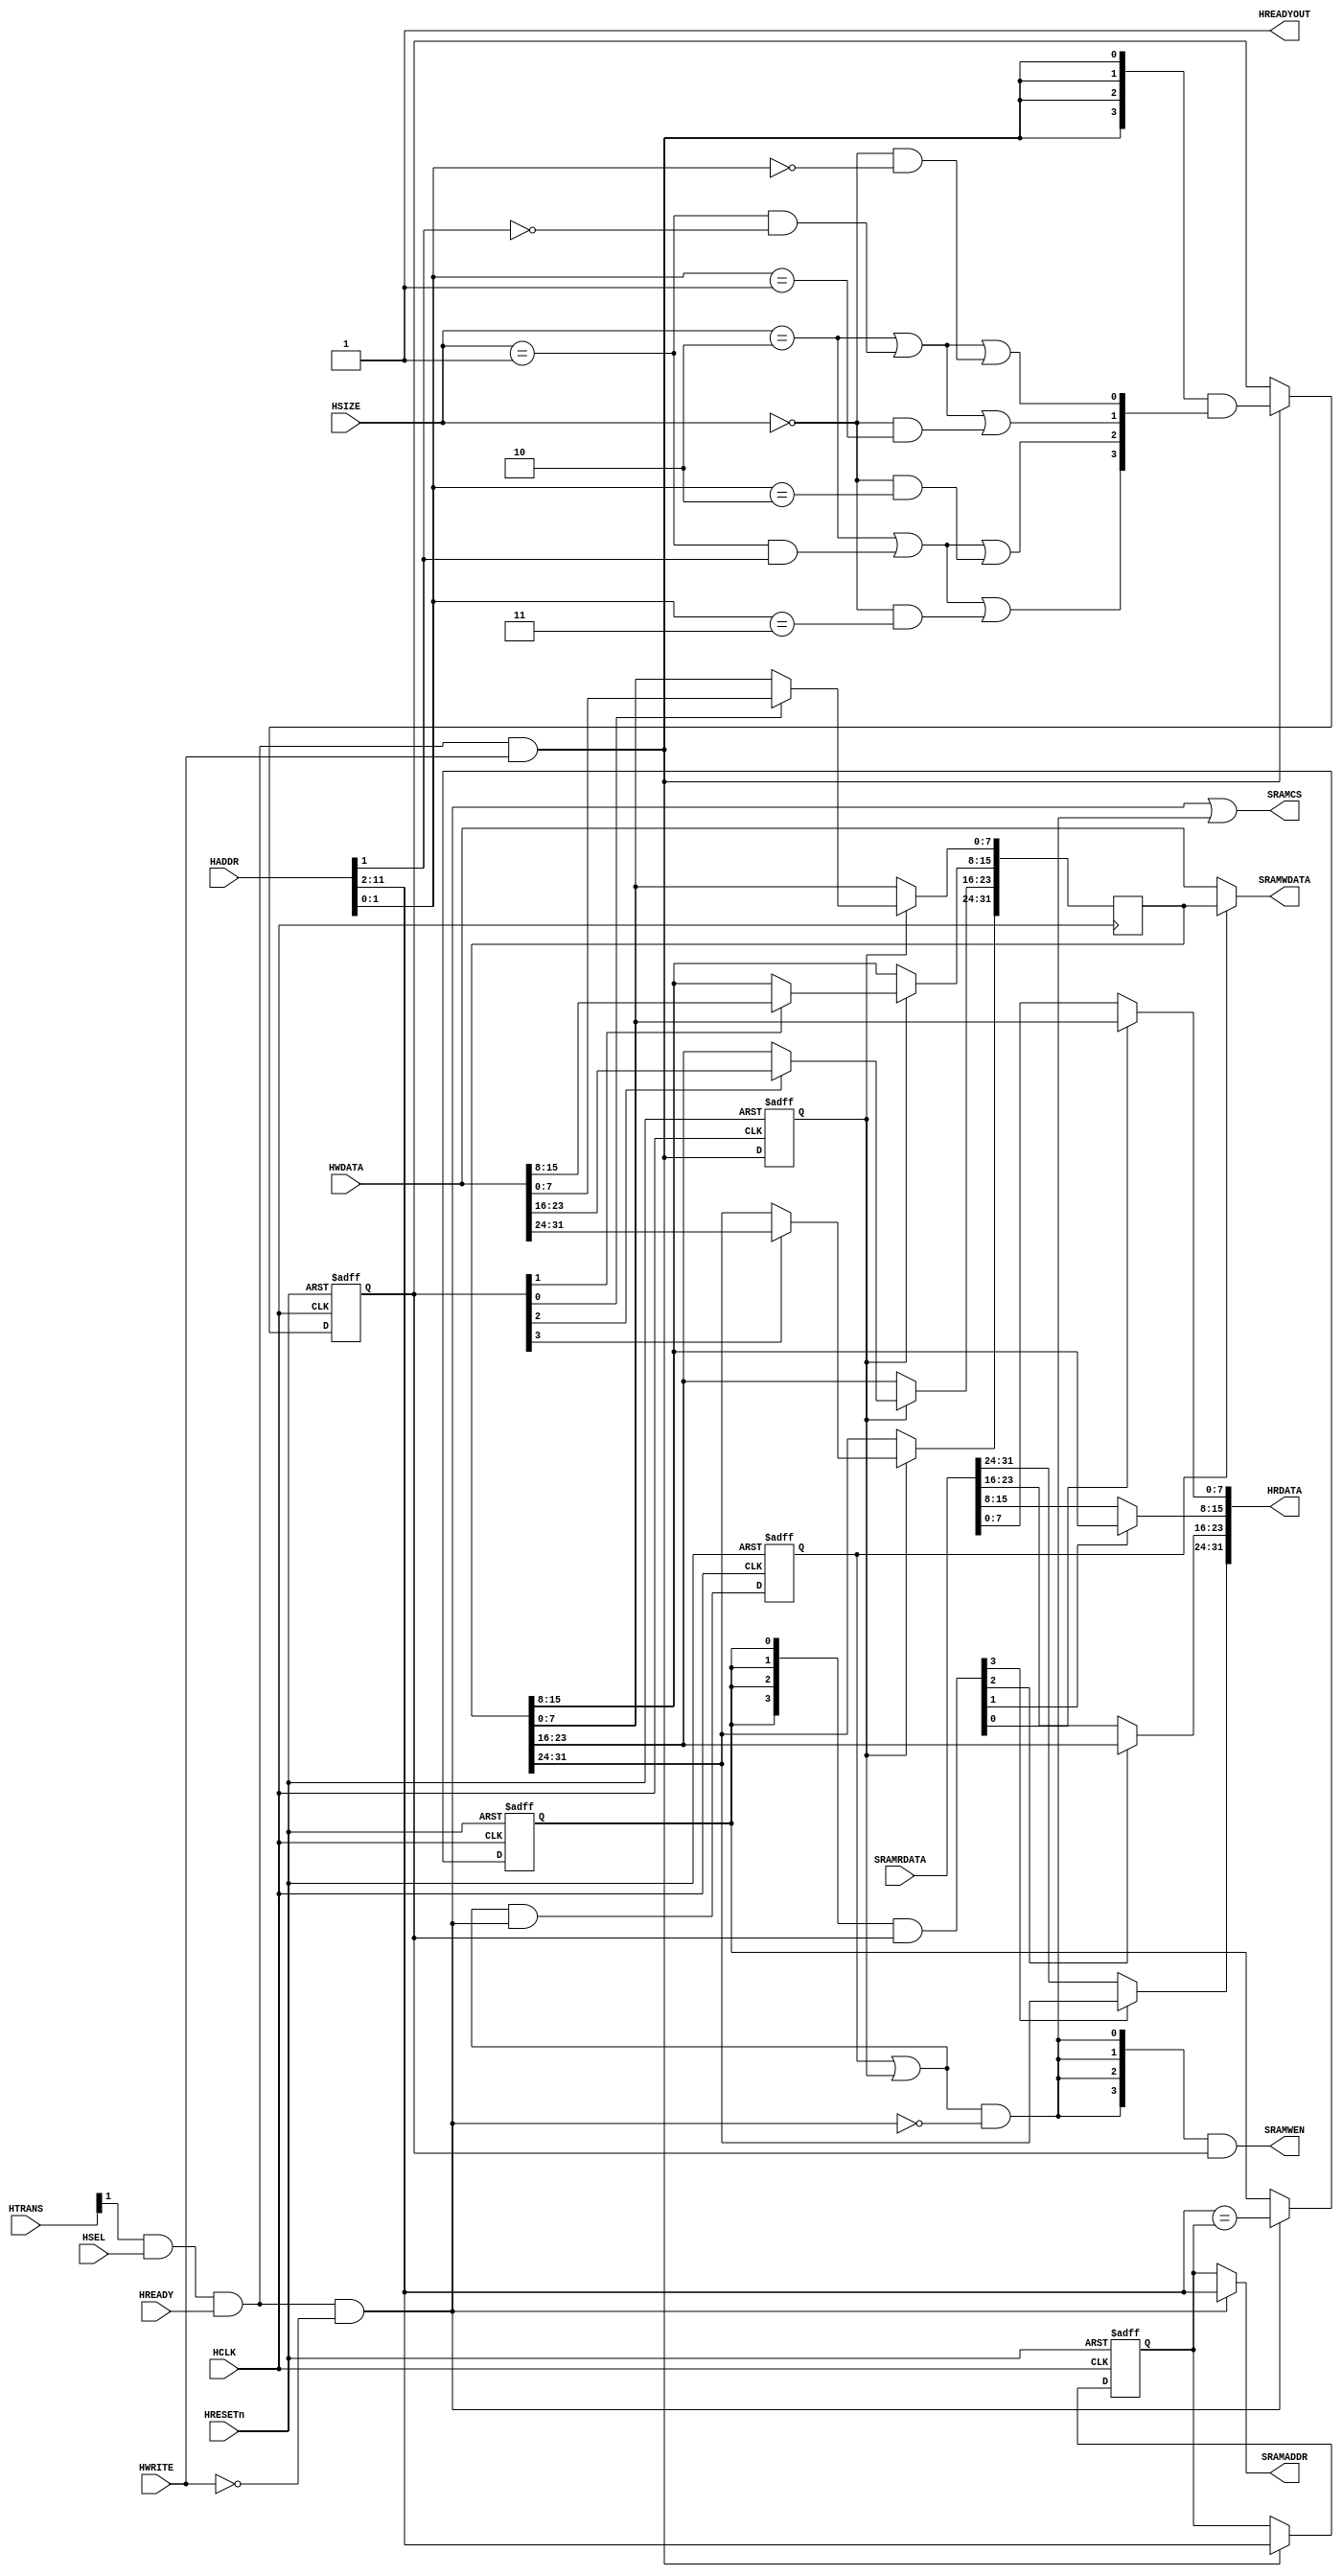
`timescale              1ns/1ps
`default_nettype        none

module AHB_SRAM #( parameter AW = 12) // Address width
 (
    input                   HCLK,
    input                   HRESETn,
    
    
    input wire          HSEL,
    input wire [31:0]   HADDR,
    input wire [1:0]    HTRANS,
    input wire          HWRITE,
    input wire          HREADY,
    input wire [31:0]   HWDATA,
    input wire [2:0]    HSIZE,
    output wire         HREADYOUT,
    output wire [31:0]  HRDATA,
  
    input  wire [31:0]      SRAMRDATA,          // SRAM Read Data
    output wire [3:0]       SRAMWEN,            // SRAM write enable (active high)
    output wire [31:0]      SRAMWDATA,          // SRAM write data
    output wire             SRAMCS,             // SRAM Chip Select (active high)
    output wire [AW-3:0]    SRAMADDR            // SRAM address
);   

    reg  [(AW-3):0]          buf_addr;          // Write address buffer
    reg  [ 3:0]              buf_we;            // Write enable buffer (data phase)
    reg                      buf_hit;           // High when reading a wrote-pending data
    reg  [31:0]              buf_data;          // AHB write bus buffered
    reg                      buf_pend;          // Buffer write data valid
    reg                      buf_data_en;       // Data buffer write enable (data phase)

    wire ahb_wr  = HTRANS[1] & HSEL & HREADY & HWRITE;
    wire ahb_rd  = HTRANS[1] & HSEL & HREADY & ~HWRITE;

    /*
        SRAM read involves address and data phases which matches that of an AHB 
        transactions. However, SRAM write requires both data and address to be present 
        concurrently. This causes an issue for a read operation after a write operation.
        The solution is to delay the write to be done after the read and provide a mean
        to short circuit the data if you read from the location to be written.
    */

    // Stored write data in pending state if new transfer is read
    //   buf_data_en indicate new write (data phase)
    //   ahb_rd    indicate new read  (address phase)
    //   buf_pend    is registered version of buf_pend_nxt
    wire buf_pend_nxt = (buf_pend | buf_data_en) & ahb_rd;

    always @(posedge HCLK or negedge HRESETn)
        if (~HRESETn)
        buf_pend <= 1'b0;
        else
        buf_pend <= buf_pend_nxt;

    // RAM write happens when
    // - write pending (buf_pend), or
    // - new AHB write seen (buf_data_en) at data phase,
    // - and not reading (address phase)
    wire ram_write   = (buf_pend | buf_data_en)  & (~ahb_rd);

    // RAM WE is the buffered WE
    assign SRAMWEN   = {4{ram_write}} & buf_we[3:0];

    // RAM address is the buffered address for RAM write otherwise HADDR
    assign SRAMADDR  = ahb_rd ? HADDR[AW-1:2] : buf_addr;

    // RAM chip select during read or write
    assign SRAMCS    = ahb_rd | ram_write;

    // ----------------------------------------------------------
    // Byte lane decoder and next state logic
    // ----------------------------------------------------------
    wire is_byte     = (HSIZE == 3'b000);
    wire is_half     = (HSIZE == 3'b001);
    wire is_word     = (HSIZE == 3'b010);

    wire byte_0      = is_byte & (HADDR[1:0] == 2'b00);
    wire byte_1      = is_byte & (HADDR[1:0] == 2'b01);
    wire byte_2      = is_byte & (HADDR[1:0] == 2'b10);
    wire byte_3      = is_byte & (HADDR[1:0] == 2'b11);

    wire half_0      = is_half & ~HADDR[1];
    wire half_2      = is_half & HADDR[1];

    wire byte_we_0   = is_word | half_0 | byte_0;
    wire byte_we_1   = is_word | half_0 | byte_1;
    wire byte_we_2   = is_word | half_2 | byte_2;
    wire byte_we_3   = is_word | half_2 | byte_3;

    // Address phase byte lane strobe
    wire [3:0] buf_we_nxt = {4{ahb_wr}} & {byte_we_3, byte_we_2, byte_we_1, byte_we_0};

    // buf_we keep the valid status of each byte (data phase)
    always @(posedge HCLK or negedge HRESETn)
        if (~HRESETn)
        buf_we <= 4'b0000;
        else if(ahb_wr)
        buf_we <= buf_we_nxt;

    // buf_data_en is data phase write control
    always @(posedge HCLK or negedge HRESETn)
        if (~HRESETn)
        buf_data_en <= 1'b0;
        else
        buf_data_en <= ahb_wr;

    always @(posedge HCLK) begin
        if(buf_data_en) begin
            if(buf_we[3]) buf_data[31:24] <= HWDATA[31:24];
            if(buf_we[2]) buf_data[23:16] <= HWDATA[23:16];
            if(buf_we[1]) buf_data[15: 8] <= HWDATA[15: 8];
            if(buf_we[0]) buf_data[ 7: 0] <= HWDATA[ 7: 0];
        end
    end

    always @(posedge HCLK or negedge HRESETn) begin
        if (~HRESETn)
            buf_addr <= {(AW-2){1'b0}};
        else if (ahb_wr)
            buf_addr <= HADDR[(AW-1):2];
    end

    // Do we have a matching Address (hit)?
    wire  buf_hit_nxt = (HADDR[AW-1:2] == buf_addr[AW-3 - 0:0]);
    always @(posedge HCLK or negedge HRESETn)
        if (~HRESETn)
            buf_hit <= 1'b0;
        else if(ahb_rd)
            buf_hit <= buf_hit_nxt;

    /*
        Handle the short circuit scenario, a read from a location 
        which has a write-pending operation. In this case return
        the pending data
    */
    wire [ 3:0] short  = {4{buf_hit}} & buf_we; 
    assign  HRDATA = { 
                short[3] ? buf_data[31:24] : SRAMRDATA[31:24],
                short[2] ? buf_data[23:16] : SRAMRDATA[23:16],
                short[1] ? buf_data[15: 8] : SRAMRDATA[15: 8],
                short[0] ? buf_data[ 7: 0] : SRAMRDATA[ 7: 0] 
            };

    /* 
        SRAMWDATA comes from the pending write data if any; otherwise it 
        comes from HWDATA
    */
    assign SRAMWDATA = (buf_pend) ? buf_data : HWDATA[31:0];

    // No Delay cycles; always ready
    assign HREADYOUT = 1'b1;

endmodule